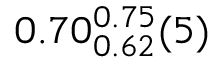
0 . 7 0 _ { 0 . 6 2 } ^ { 0 . 7 5 } ( 5 )